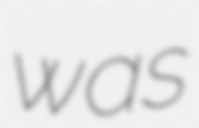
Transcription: was